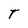
Character: T